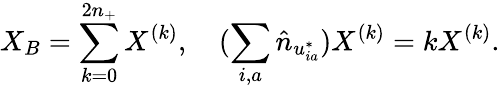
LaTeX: X_{B}=\sum_{k=0}^{2n_{+}}X^{(k)},\quad(\sum_{i,a}\hat{n}_{u_{ia}^{*}})X^{(k)}=kX^{(k)}.